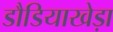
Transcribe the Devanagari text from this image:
डौडियाखेड़ा